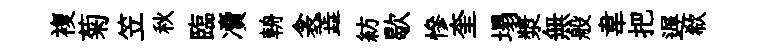
複菊笠秋臨凟輈衾蕋紡歇慘奎塌漿無般韋把遅欷